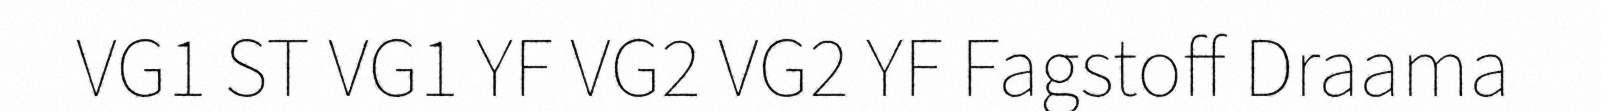
VG1 ST VG1 YF VG2 VG2 YF Fagstoff Draama